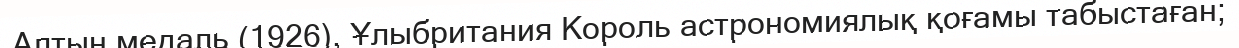
Алтын медаль (1926), Ұлыбритания Король астрономиялық қоғамы табыстаған;